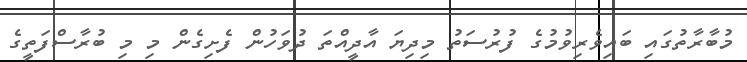
މުބާރާތުގައި ބައިވެރިވުމުގެ ފުރުސަތު މިދިޔަ އާދީއްތަ ދުވަހުން ފެށިގެން މި މި ބުރާސްފަތީގެ